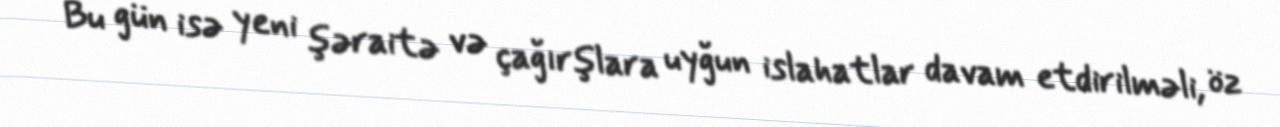
Bu gün isə yeni şəraitə və çağırşlara uyğun islahatlar davam etdirilməli, öz